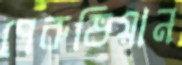
পেরুভিয়ান